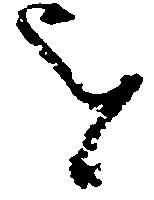
を